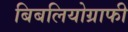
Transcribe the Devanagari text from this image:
बिबलियोग्राफी